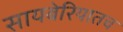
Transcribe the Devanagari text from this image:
सायबेरियातच